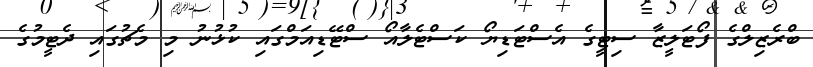
ބްރެޒިލްގެ ފޯޓަލީޒާ ސިޓީގެ އެސްޓަޑިޔޯ ކަސްޓެލާއޯ ސްޓޭޑިއަމްގައި ކުޅުނު މި މެޗުގައި ދެޓީމުގެ